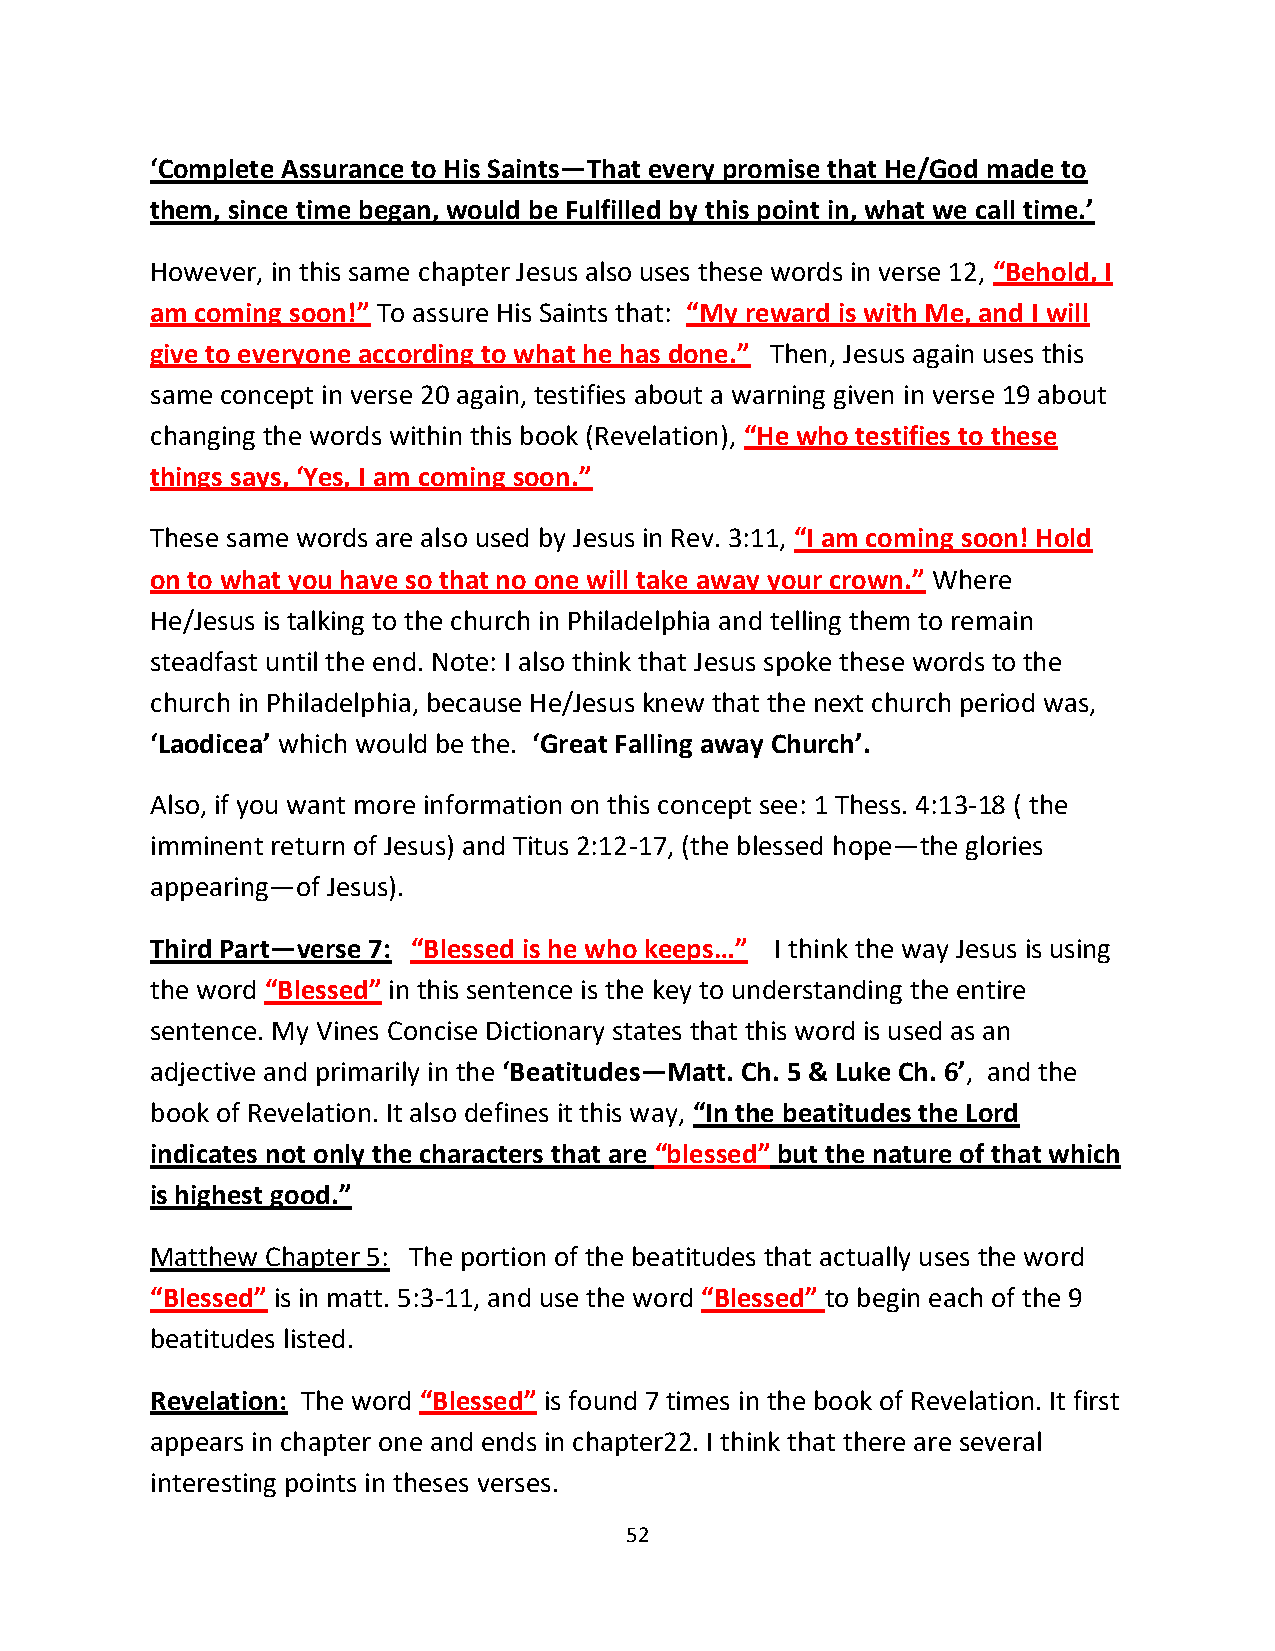
‘Complete Assurance to His Saints—That every promise that He/God made to
 them, since time began, would be Fulfilled by this point in, what we call time.’
 However, in this same chapter Jesus also uses these words in verse 12, “Behold, I
 am coming soon!” To assure His Saints that: “My reward is with Me, and I will
 give to everyone according to what he has done.” Then, Jesus again uses this
 same concept in verse 20 again, testifies about a warning given in verse 19 about
 changing the words within this book (Revelation), “He who testifies to these
 things says, ‘Yes, I am coming soon.”
 These same words are also used by Jesus in Rev. 3:11, “I am coming soon! Hold
 on to what you have so that no one will take away your crown.” Where
 He/Jesus is talking to the church in Philadelphia and telling them to remain
 steadfast until the end. Note: I also think that Jesus spoke these words to the
 church in Philadelphia, because He/Jesus knew that the next church period was,
 ‘Laodicea’ which would be the. ‘Great Falling away Church’.
 Also, if you want more information on this concept see: 1 Thess. 4:13-18 ( the
 imminent return of Jesus) and Titus 2:12-17, (the blessed hope—the glories
 appearing—of Jesus).
 Third Part—verse 7: “Blessed is he who keeps…” I think the way Jesus is using
 the word “Blessed” in this sentence is the key to understanding the entire
 sentence. My Vines Concise Dictionary states that this word is used as an
 adjective and primarily in the ‘Beatitudes—Matt. Ch. 5 & Luke Ch. 6’, and the
 book of Revelation. It also defines it this way, “In the beatitudes the Lord
 indicates not only the characters that are “blessed” but the nature of that which
 is highest good.”
 Matthew Chapter 5: The portion of the beatitudes that actually uses the word
 “Blessed” is in matt. 5:3-11, and use the word “Blessed” to begin each of the 9
 beatitudes listed.
 Revelation: The word “Blessed” is found 7 times in the book of Revelation. It first
 appears in chapter one and ends in chapter22. I think that there are several
 interesting points in theses verses.
 52